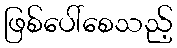
ဖြစ်ပေါ်စေသည့်